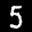
Label: 5